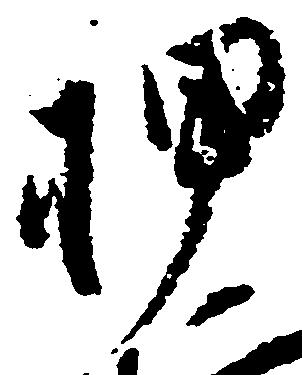
押